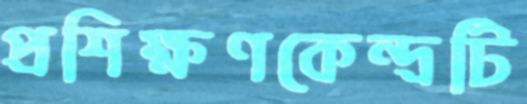
প্রশিক্ষণকেন্দ্রটি